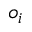
o _ { i }